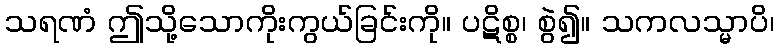
သရဏံ ဤသို့သောကိုးကွယ်ခြင်းကို။ ပဋိစ္စ၊ စွဲ၍။ သကလသ္မာပိ၊